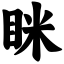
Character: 眯